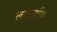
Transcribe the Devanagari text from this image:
लक्षावधि